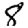
Digit: 8